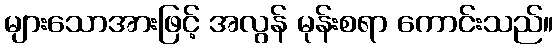
များသောအားဖြင့် အလွန် မုန်းစရာ ကောင်းသည်။